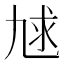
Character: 𰁇